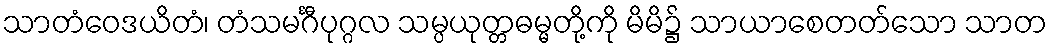
သာတံဝေဒယိတံ၊ တံသမင်္ဂီပုဂ္ဂလ သမ္ပယုတ္တဓမ္မတို့ကို မိမိ၌ သာယာစေတတ်သော သာတ